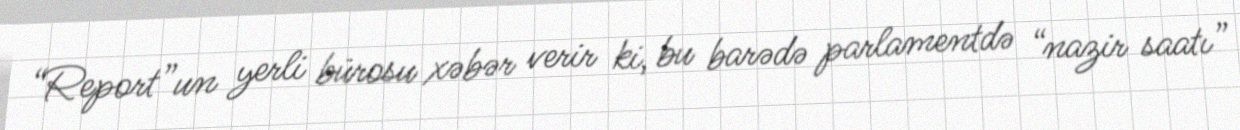
“Report”un yerli bürosu xəbər verir ki, bu barədə parlamentdə “nazir saatı”